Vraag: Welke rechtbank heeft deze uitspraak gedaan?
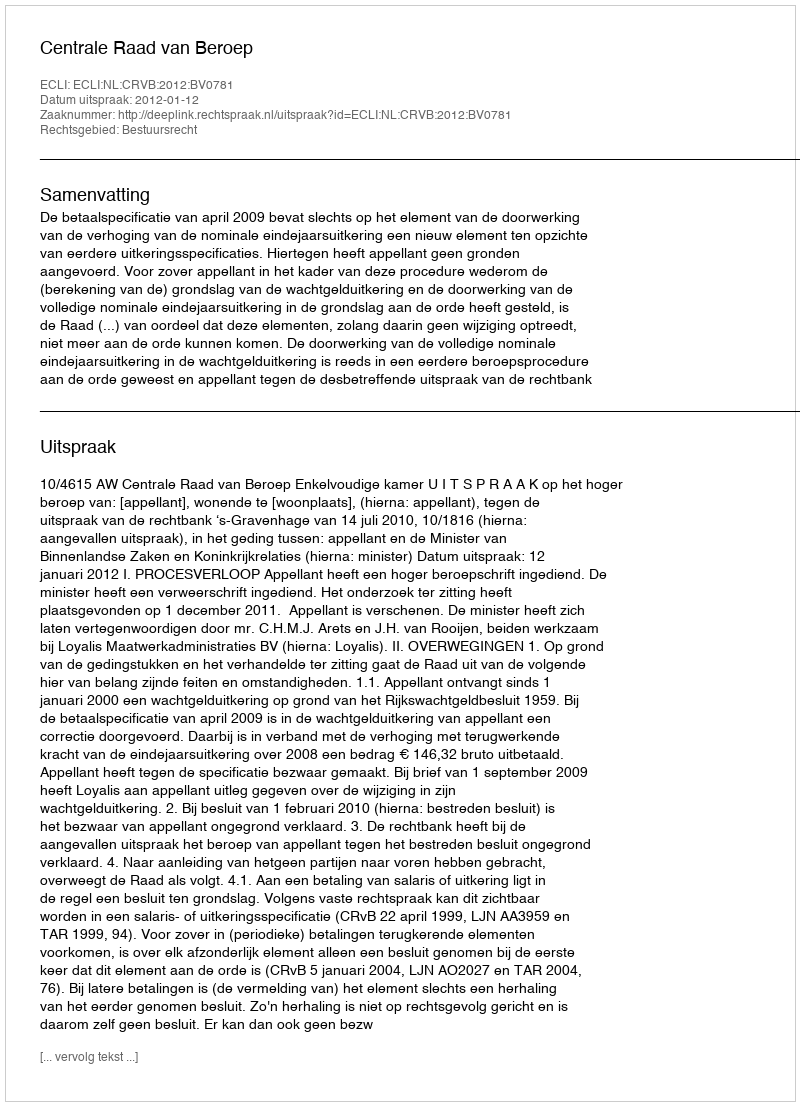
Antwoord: Centrale Raad van Beroep